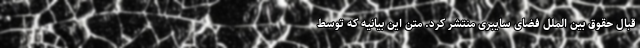
قبال حقوق بین الملل فضای سایبری منتشر کرد. متن این بیانیه که توسط